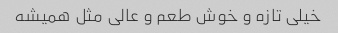
خیلی تازه و خوش طعم و عالی مثل همیشه